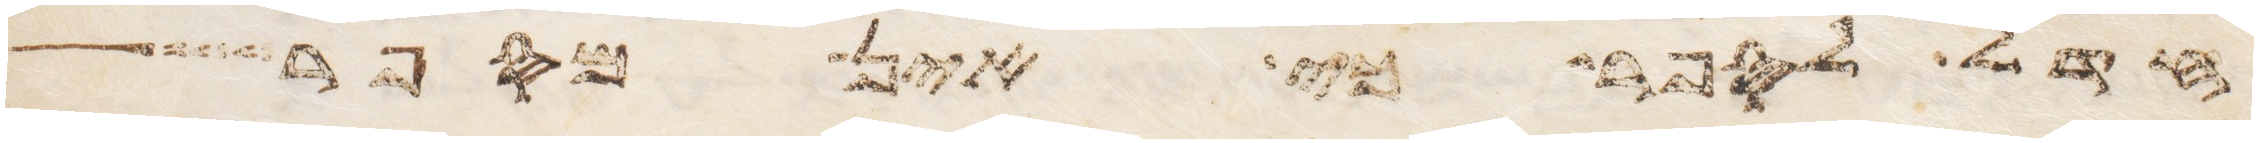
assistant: חדל לספר כי אין מספר